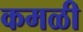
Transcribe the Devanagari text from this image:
कमळी